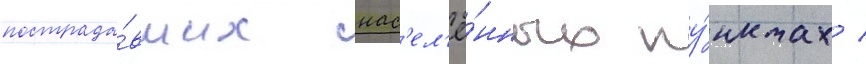
пострада́вших нас'ел'ё́нных пу́нктах /